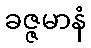
ခဇ္ဇမာနံ